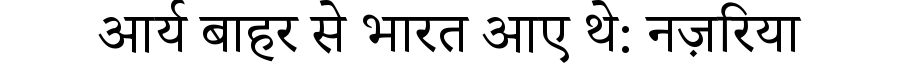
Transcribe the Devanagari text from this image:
आर्य बाहर से भारत आए थे: नज़रिया